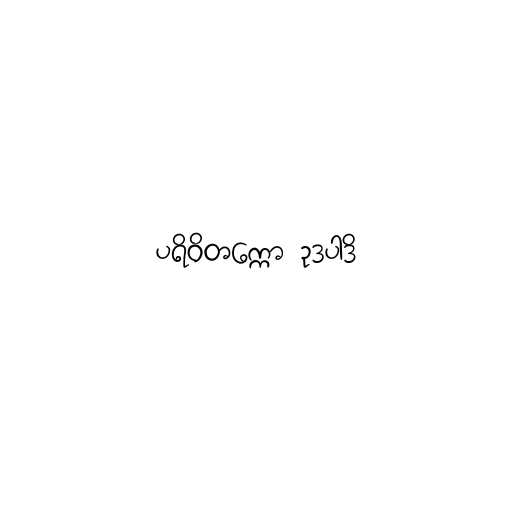
ပရိဝိတက္ကော ဥဒပါဒိ